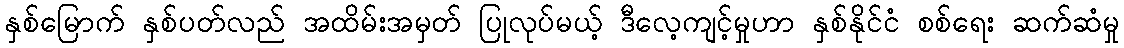
နှစ်မြောက် နှစ်ပတ်လည် အထိမ်းအမှတ် ပြုလုပ်မယ့် ဒီလေ့ကျင့်မှုဟာ နှစ်နိုင်ငံ စစ်ရေး ဆက်ဆံမှု